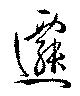
遷